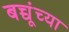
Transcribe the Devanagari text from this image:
बच्चूंच्या